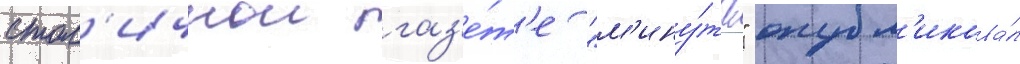
стол'ичнои газ'е́т'е "м'ину́та" опубл'икова́л